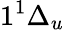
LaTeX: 1^{1}\Delta_{u}